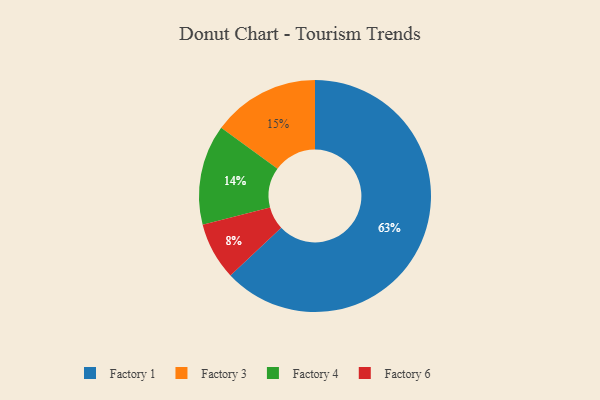
{"axis": {"x": "Category", "y": "Percentage"}, "legend": ["Factory 1", "Factory 3", "Factory 4", "Factory 6"], "data": [{"x": "Factory 4", "y": 14, "type": "Factory 4"}, {"x": "Factory 6", "y": 8, "type": "Factory 6"}, {"x": "Factory 3", "y": 15, "type": "Factory 3"}, {"x": "Factory 1", "y": 63, "type": "Factory 1"}]}